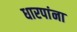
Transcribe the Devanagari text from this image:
धारपांना